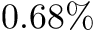
0 . 6 8 \%